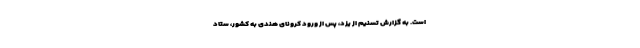
است. به گزارش تسنیم از یزد، پس از ورود کرونای هندی به کشور، ستاد